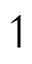
\upharpoonleft